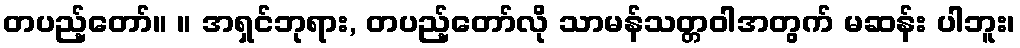
တပည့်တော်။ ။ အရှင်ဘုရား, တပည့်တော်လို သာမန်သတ္တဝါအတွက် မဆန်း ပါဘူး၊